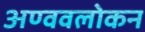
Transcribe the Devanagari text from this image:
अण्ववलोकन